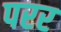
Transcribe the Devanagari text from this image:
परर